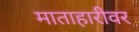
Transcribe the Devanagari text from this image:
माताहारीवर